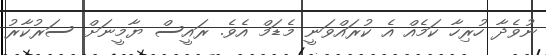
ނުވެދާ ހުރިހާ ކަމެއް އެ ކުރައްވަނީ މެޑަމް އެވެ. ރައީސް ޔާމީނަށް ސަރުކާރު